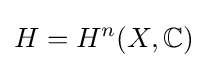
H=H^{n}(X,\mathbb {C} )